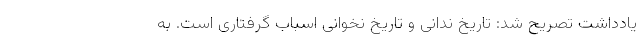
یادداشت تصریح شد: تاریخ ندانی و تاریخ نخوانی اسباب گرفتاری است. به